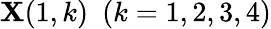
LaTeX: \mathbf{X}(1,k)~~(k=1,2,3,4)